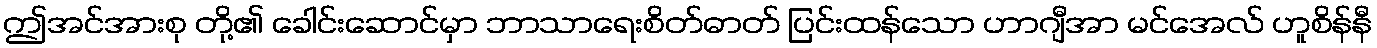
ဤအင်အားစု တို့၏ ခေါင်းဆောင်မှာ ဘာသာရေးစိတ်ဓာတ် ပြင်းထန်သော ဟာဂျီအာ မင်အေလ် ဟူစိန်နီ